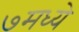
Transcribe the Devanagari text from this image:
७मध्ये